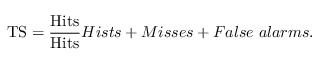
\mathrm { T S } = \frac { \mathrm { H i t s } } { \mathrm { H i t s } } { H i s t s + M i s s e s + F a l s e \ a l a r m s } .